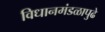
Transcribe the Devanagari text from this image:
विधानमंडळापुढे